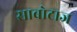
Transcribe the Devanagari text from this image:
साबोटाज